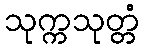
သုက္ကသုတ္တံ